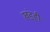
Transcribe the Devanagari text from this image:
खंडही